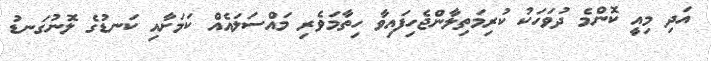
އަދި މިއީ ކޮންމެ ދުވަހަކު ކުރިމަތިލާންޖެހިފައިވާ ހިތާމަވެރި މައްސަލައެއް ކަމަށާއި ކަނޑުގެ ލޮނުގަނޑު